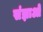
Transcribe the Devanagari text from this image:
संज्ञाओ